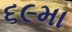
૬૯મા